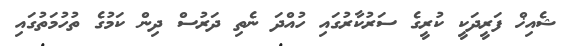
ޝެއިޚް ފަރީދަކީ ކުރީގެ ސަރުކާރުގައި ހުއްދަ ނެތި ދަރުސް ދިން ކަމުގެ ތުހުމަތުގައި